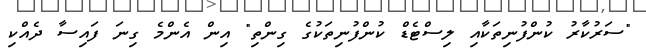
"ސަރުކާރު ކުންފުނިތަކާއި ލިސްޓެޑް ކުންފުނިތަކުގެ ގިންތި" އިން އެންމެ ގިނަ ފައިސާ ދެއްކި